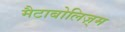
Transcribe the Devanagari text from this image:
मैटाबोलिज़्म